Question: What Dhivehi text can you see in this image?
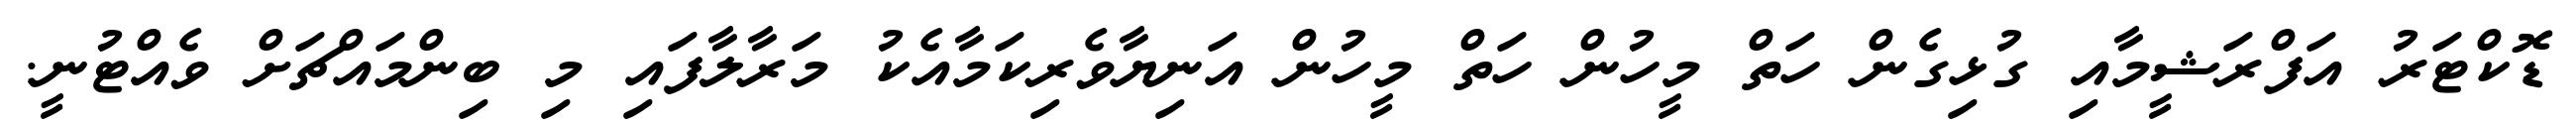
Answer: ޑޮކްޓަރު އަފްރަޝީމާއި ގުޅިގެން ހަތް މީހުން ހަތް މީހުން އަނިޔާވެރިކަމާއެކު މަރާލާފައި މި ބިންމައްޗަށް ވެއްޓުނީ.